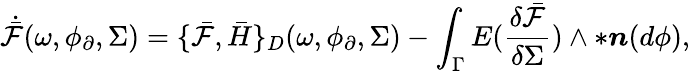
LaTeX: \dot{\bar{\mathcal{F}}}(\omega,\phi_{\partial},\Sigma)=\{ \bar{\mathcal{F}},\bar{H}\} _{D}(\omega,\phi_{\partial},\Sigma)-\int_{\Gamma}E(\frac{\delta\bar{\mathcal{F}}}{\delta\Sigma})\wedge\ast\boldsymbol{n}(d\phi),